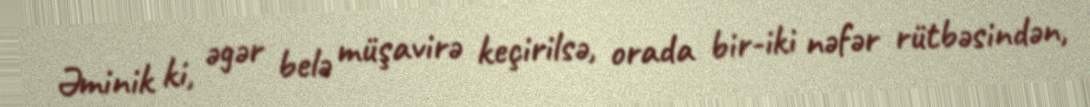
Əminik ki, əgər belə müşavirə keçirilsə, orada bir-iki nəfər rütbəsindən,